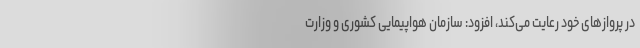
در پروازهای خود رعایت می‌کند، افزود: سازمان هواپیمایی کشوری و وزارت